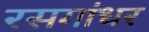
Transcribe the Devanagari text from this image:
रसगांधर